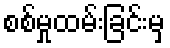
စစ်မှုထမ်းခြင်းမှ